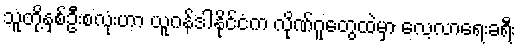
သူတို့နှစ်ဦးစလုံးဟာ ယူဂန်ဒါနိုင်ငံက လိုဏ်ဂူတွေထဲမှာ လေ့လာရေးခရီး